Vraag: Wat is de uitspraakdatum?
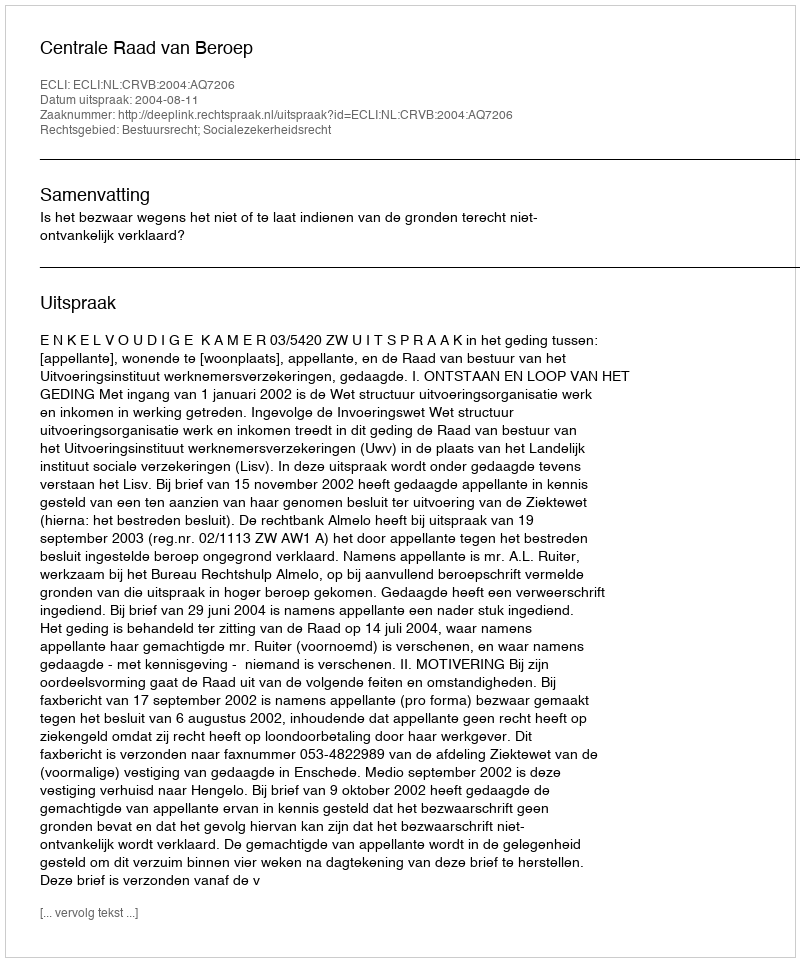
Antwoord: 2004-08-11